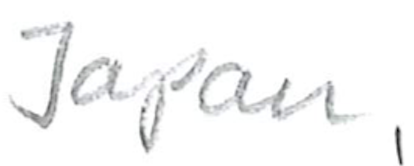
Text: Japan,
Cross-out: clean
Writing tool: pencil